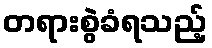
တရားစွဲခံရသည့်